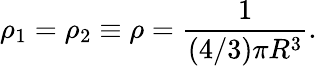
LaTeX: \rho_{1}=\rho_{2}\equiv\rho=\frac{1}{(4/3)\pi R^{3}}.